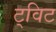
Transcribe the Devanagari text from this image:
ट्‌विट